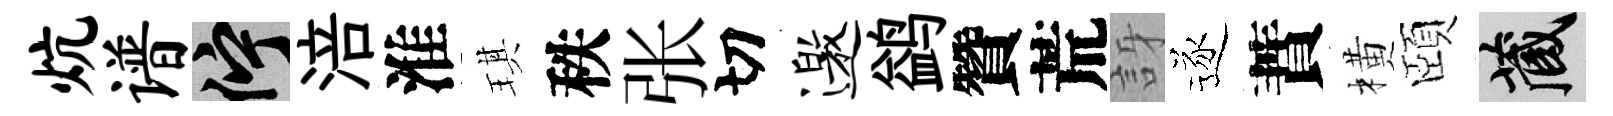
炕谱伫涪淮琪秩张切邀鹢贊荒訝逐蕡橫頤藏